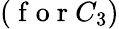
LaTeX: (\mathrm{~f~o~r~}C_{3})